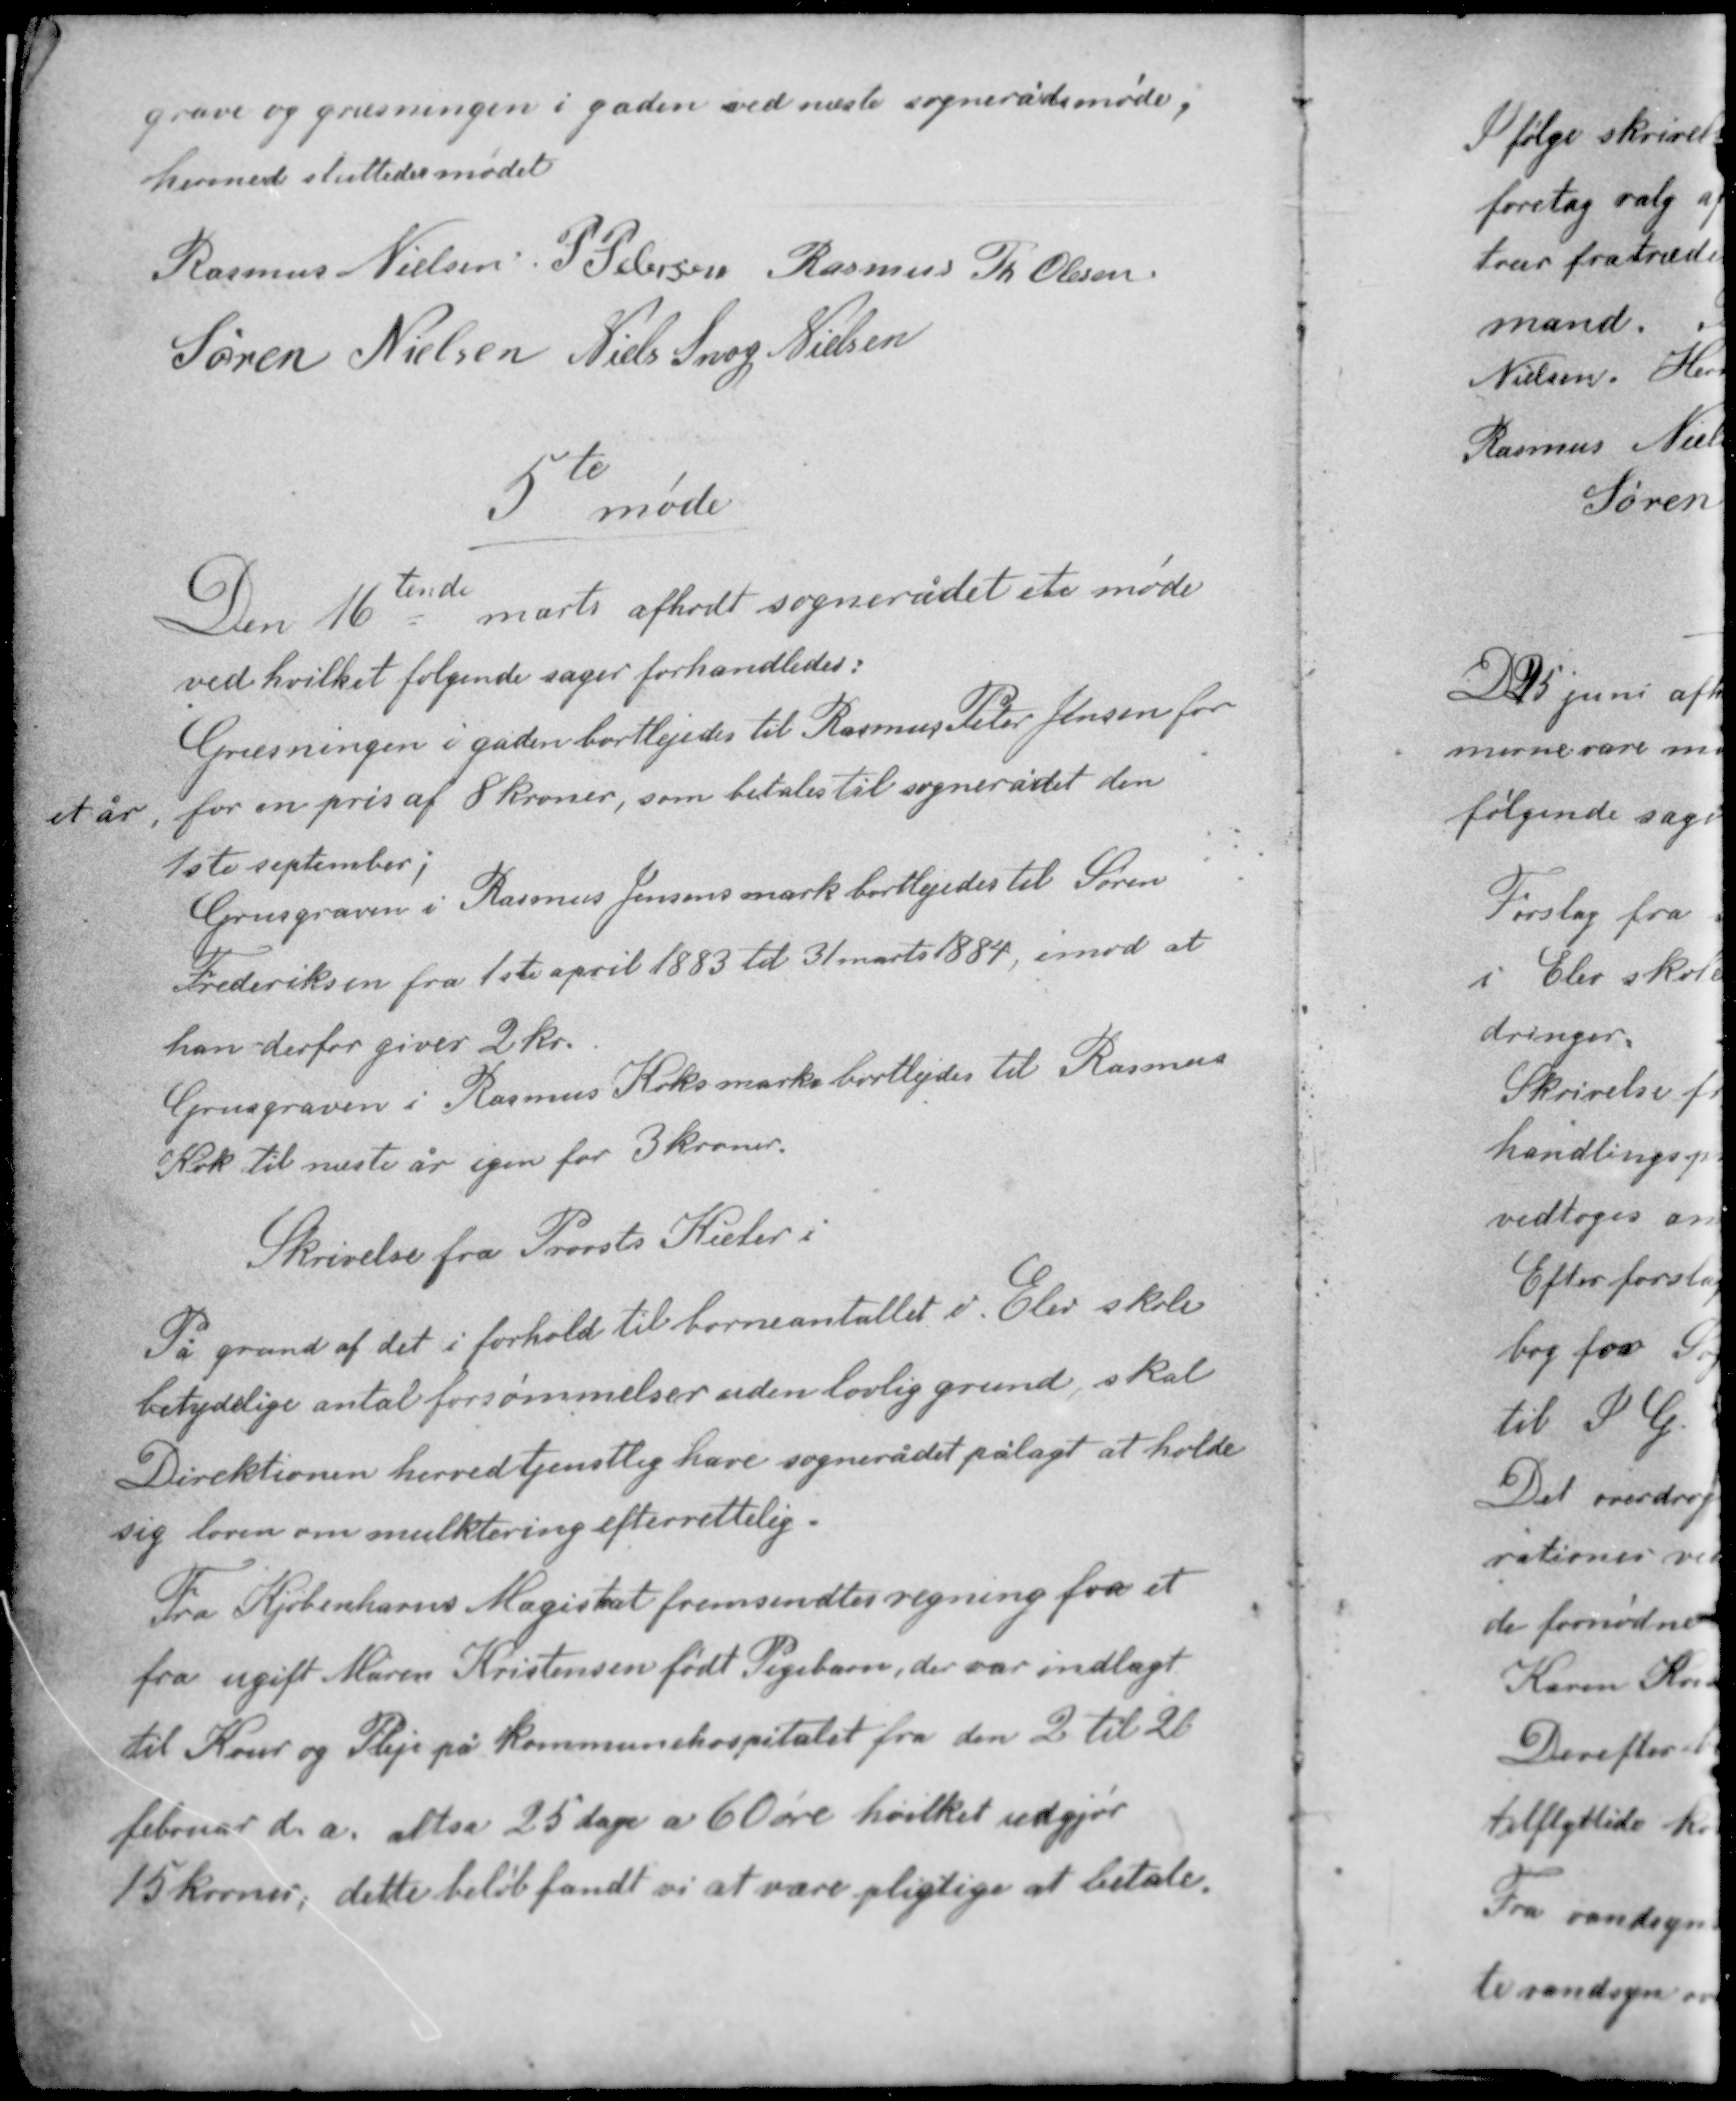
Transskription:
grave og grusningen i gaden ved næste sognerådsmøde,
hermed sluttedes mødet.

Rasmus Nielsen P. Pedersen Rasmus Th. Olesen
Søren Nielsen Niels Snog Nielsen

5te møde

tende
Den 16 marts afhodt sognerådet et møde
ved hvilket følgende sager forhandledes:
Grusningen i gaden bortlejedes til Rasmus Peter Jensen for
et år, for en pris af 8 kroner, som betales til sognerådet den
1ste september;
Grusgraven i Rasmus Jensens mark bortlejedes til Søren
Frederiksen fra 1ste april 1883 til 31 marts 1884, imod at
han derfor giver 2 kr.
Grusgraven i Rasmus Koks mark bortlejedes til Rasmus
Kok til næste år igen for 3 kroner.

Skrivelse fra Provsts Kieler i

På grund af det i forhold til børneantallet i Elev skole
betydelige antal forsømmelser uden lovlig grund, skal
Direktionen herved tjenstlig have sognerådet pålagt at holde
sig loven om mulktering efterrettelig.
Fra Kjøbenhavns Magistrat fremsendtes regning for et
fra ugift Maren Kristensen født Pigebarn, der var indlagt
til Kour og Pleje på kommunehospitalet fra den 2 til 26
februar d. å. altså 25 dage a 60 øre hvilket udgjør
15 kroner, dette beløb fandt vi at være pligtige at betale.